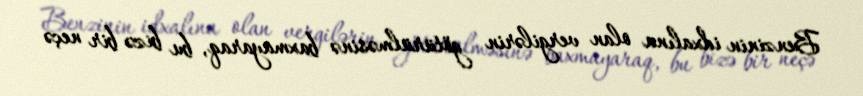
Benzinin idxalına olan vergilərin götürülməsinə baxmayaraq, bu bizə bir neçə